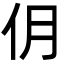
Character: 仴